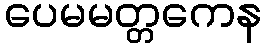
ပေမမတ္တကေန